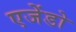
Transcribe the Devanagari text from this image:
एजेंडो